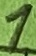
Text: 1